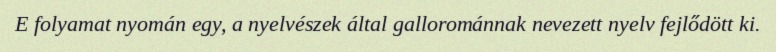
E folyamat nyomán egy, a nyelvészek által gallorománnak nevezett nyelv fejlődött ki.